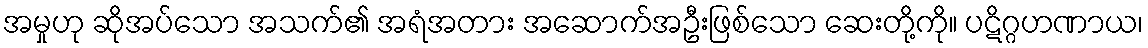
အမှုဟု ဆိုအပ်သော အသက်၏ အရံအတား အဆောက်အဦးဖြစ်သော ဆေးတို့ကို။ ပဋိဂ္ဂဟဏာယ၊